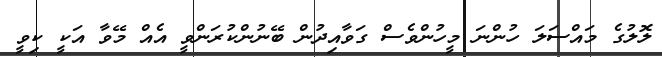
ލޮލުގެ މައްސަލަ ހުންނަ މީހުންވެސް ގަވާއިދުން ބޭނުންކުރަންވީ އެއް މޭވާ އަކީ ކިވީ